Elephants and their diseases
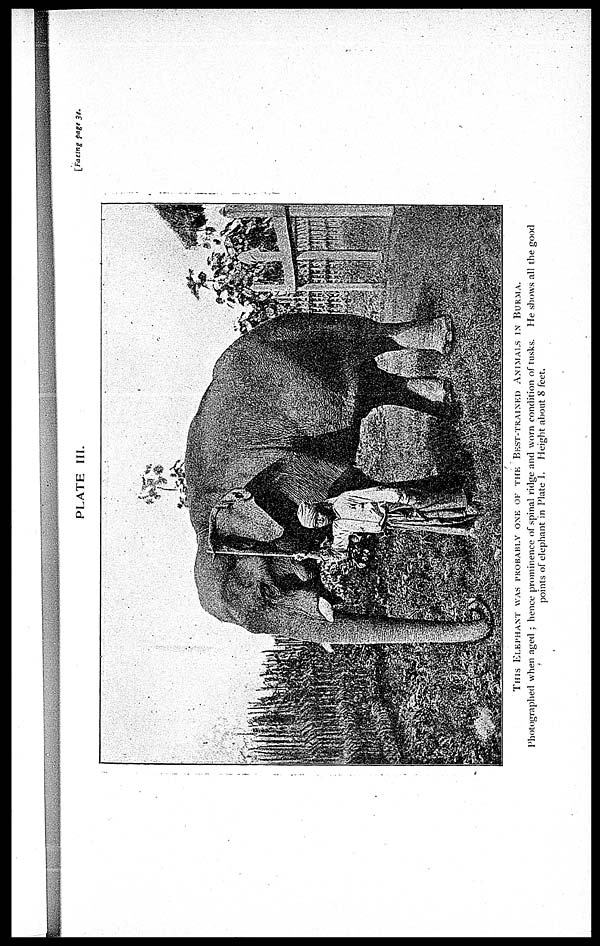
PLATE III.
[Facing
page 34.
THIS ELEPHANT WAS PROBABLY ONE OK THE BHST-TRAIND ANIMALS IN BURMA.
Photographed when aged ; hence prominence of spinal ridge and worn condition of tusks. He shows all the good
points of elephant in Plate I. Height about 8 feet.